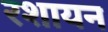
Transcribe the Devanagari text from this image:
रशायन